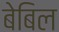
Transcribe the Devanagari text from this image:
बेबिल